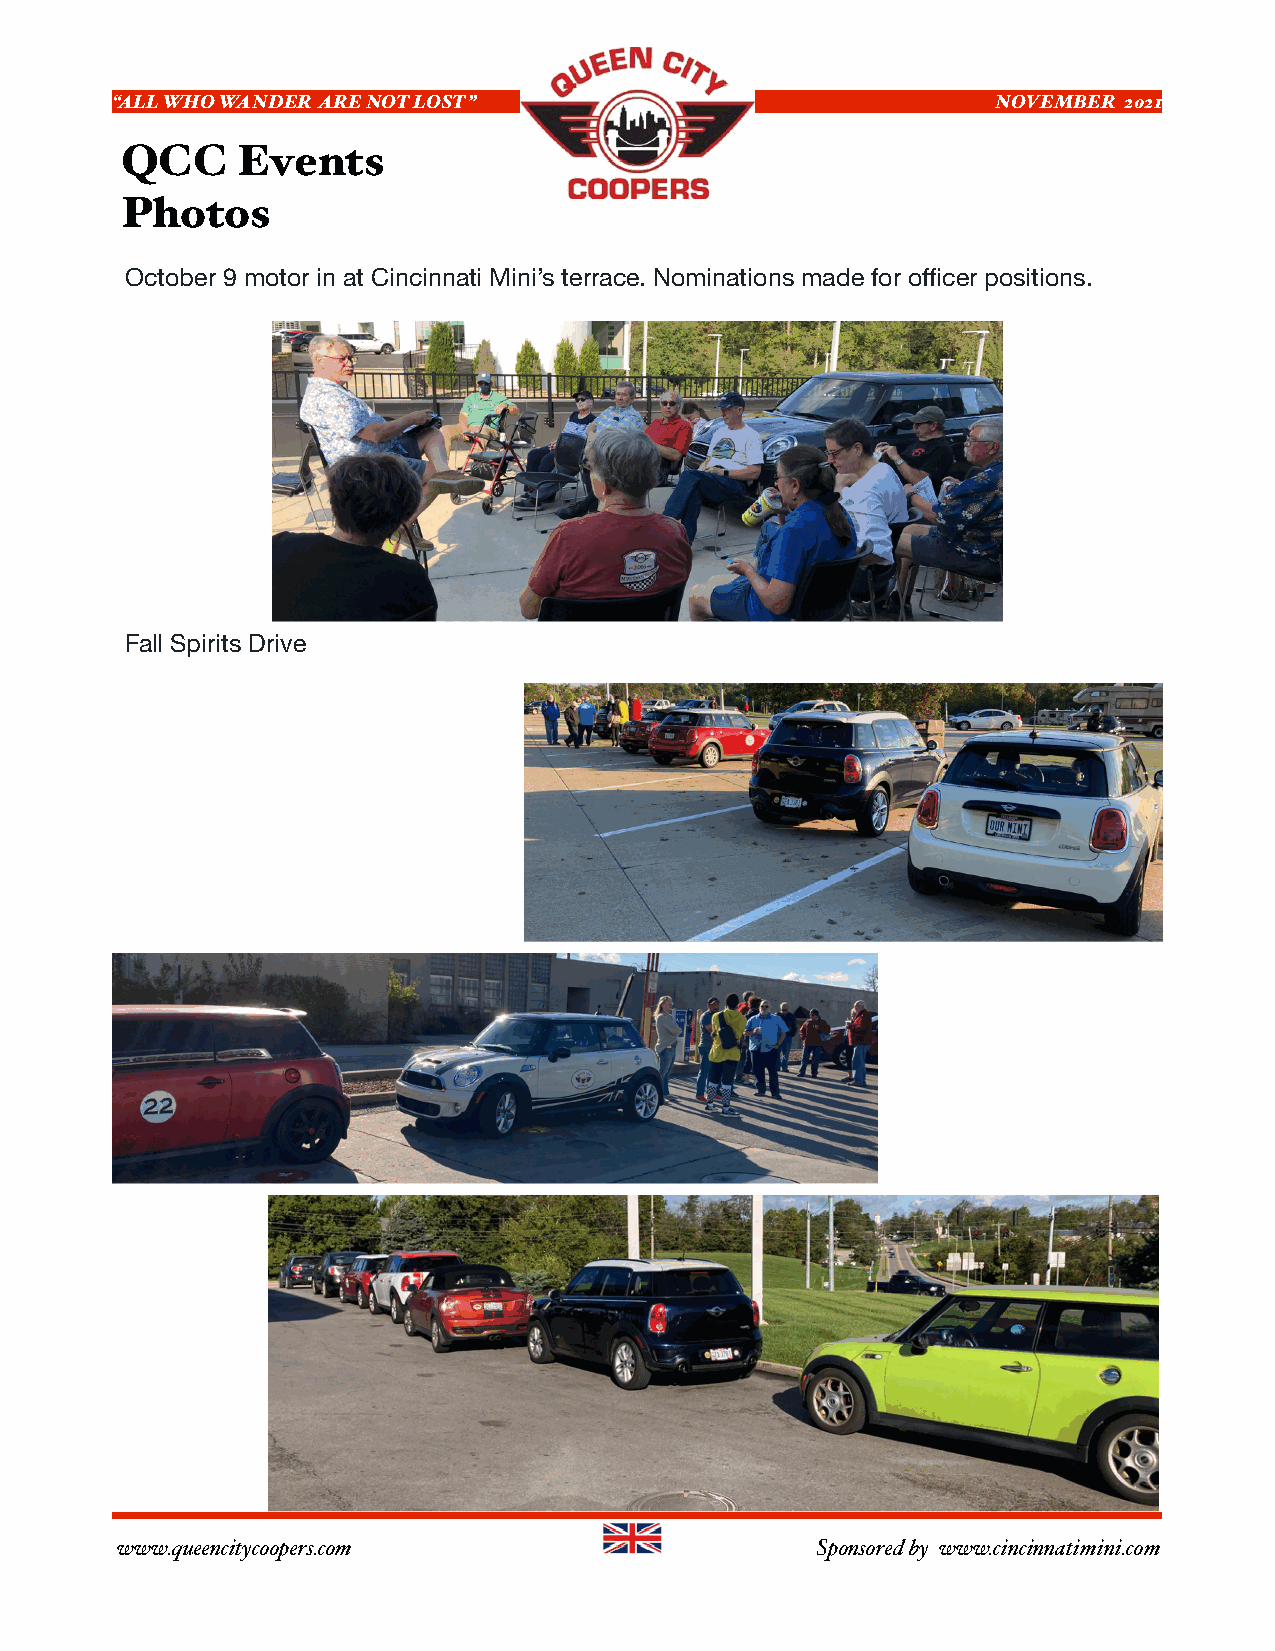
“ALL WHO WANDER ARE NOT LOST”                              NOVEMBER 2021
 QCC     Events
 Photos
 October 9 motor in at Cincinnati Mini’s terrace. Nominations made for officer positions.
 Fall Spirits Drive
 www.queencitycoopers.com                     Sponsored by www.cincinnatimini.com